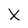
Character: X